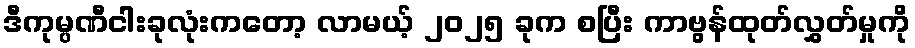
ဒီကုမ္ပဏီငါးခုလုံးကတော့ လာမယ့် ၂၀၂၅ ခုက စပြီး ကာဗွန်ထုတ်လွှတ်မှုကို